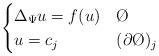
LaTeX: \begin{align*}\begin{cases} \Delta_{\Psi} u = f(u) & \O \\ u = c_{j} & (\partial \O )_{j}\end{cases}\end{align*}